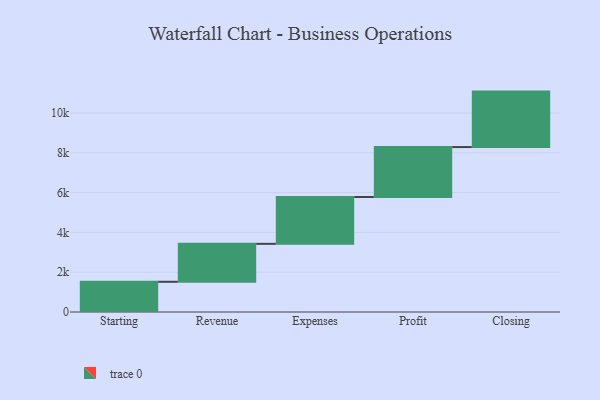
{"axis": {"x": "Step", "y": "Value"}, "legend": [""], "data": [{"x": "Starting", "y": 1519.0, "type": ""}, {"x": "Revenue", "y": 1907.0, "type": ""}, {"x": "Expenses", "y": 2354.0, "type": ""}, {"x": "Profit", "y": 2511.0, "type": ""}, {"x": "Closing", "y": 2787.0, "type": ""}]}